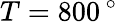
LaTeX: T=800\, ^{\circ}